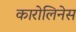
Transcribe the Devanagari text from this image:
कारोलिनेस